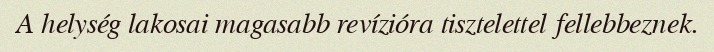
A helység lakosai magasabb revízióra tisztelettel fellebbeznek.